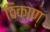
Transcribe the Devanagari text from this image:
ठिकाण्